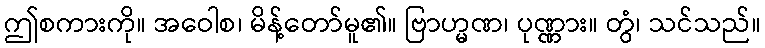
ဤစကားကို။ အဝေါစ၊ မိန့်တော်မူ၏။ ဗြာဟ္မဏ၊ ပုဏ္ဏား။ တွံ၊ သင်သည်။